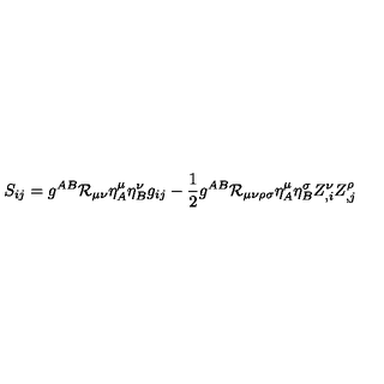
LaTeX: S _ { i j } = g ^ { A B } { \cal R } _ { \mu \nu } \eta _ { A } ^ { \mu } \eta _ { B } ^ { \nu } g _ { i j } - \frac { 1 } { 2 } g ^ { A B } { \cal R } _ { \mu \nu \rho \sigma } \eta _ { A } ^ { \mu } \eta _ { B } ^ { \sigma } Z _ { , i } ^ { \nu } Z _ { , j } ^ { \rho }